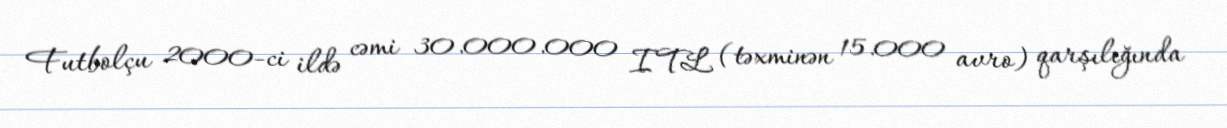
Futbolçu 2000-ci ildə cəmi 30.000.000 ITL (təxminən 15.000 avro) qarşılığında